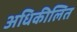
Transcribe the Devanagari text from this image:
अधिकीलित